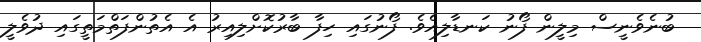
ބުނެވެނީސް މިލީން ފޯނު ކަނޑާލިއެވެ. ފޯނުގައި ހިފާ ބާރުކޮށްލިއިރު އެ އެތުންފަތްމަތީގައި ދުވެލީ